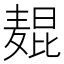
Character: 𬹋